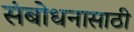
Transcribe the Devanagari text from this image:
संबोधनासाठी